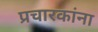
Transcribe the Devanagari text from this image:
प्रचारकांना